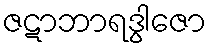
ဇဋာဘာရဒွါဇော